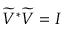
\widetilde { V } ^ { * } \widetilde { V } = I